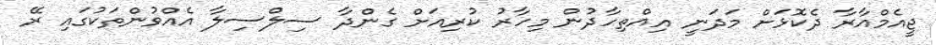
ޖީއެމްއާރާ ދެކޮޅަށް މަދަނީ އިއްތިހާދުން މިހާރު ކުރިއަށް ގެންދާ ސިލްސިލާ އެއްވުންތަކުގައި ރޭ